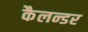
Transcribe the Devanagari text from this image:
कैलन्डर